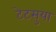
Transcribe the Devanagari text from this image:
टेट्सुया